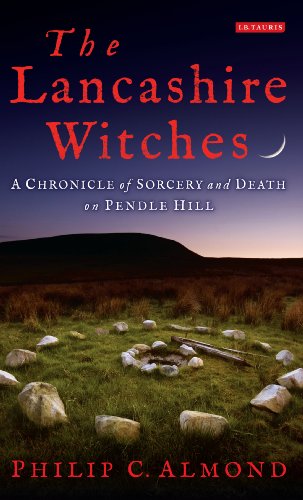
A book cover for The Lancashire Witches: A Chronicle of Sorcery and Death on Pendle Hill; Philip C. Almond; Religion & Spirituality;